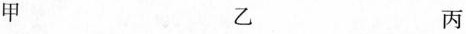
甲 乙 丙